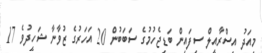
މިއަދު އިސްރާއީލް ސިފައިން ބަޑިޖެހުމުގެ ސަބަބުން 20 އަހަރުގެ ޒުވާނާ ޝަހީދުވެ 17